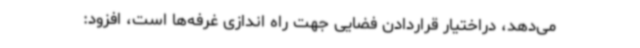
می‌دهد، دراختیار قراردادن فضایی جهت راه اندازی غرفه‌ها است، افزود: